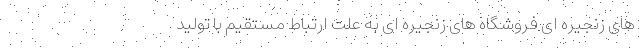
های زنجیره ای فروشگاه های زنجیره ای به علت ارتباط مستقیم با تولید